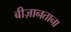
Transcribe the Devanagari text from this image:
बीज़ानताना